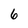
Character: 6